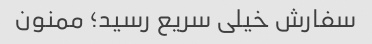
سفارش خیلی سریع رسید؛ ممنون